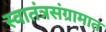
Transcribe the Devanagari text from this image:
स्वातंत्रसंग्रामात